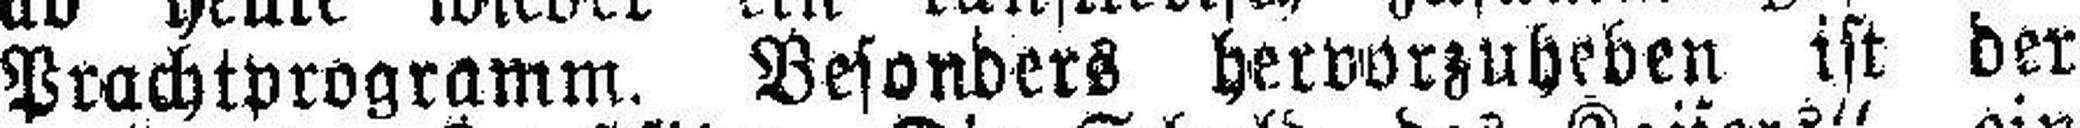
Prachtprogramm. Besonders hervorzuheben ist der